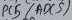
Text: ADC5